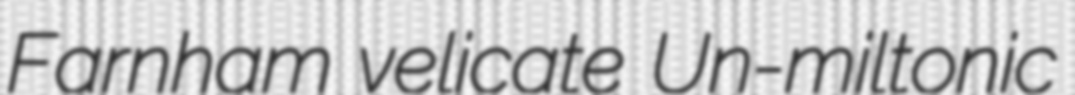
Farnham velicate Un-miltonic